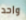
واحد